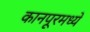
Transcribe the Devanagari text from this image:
कानपूरमध्ये